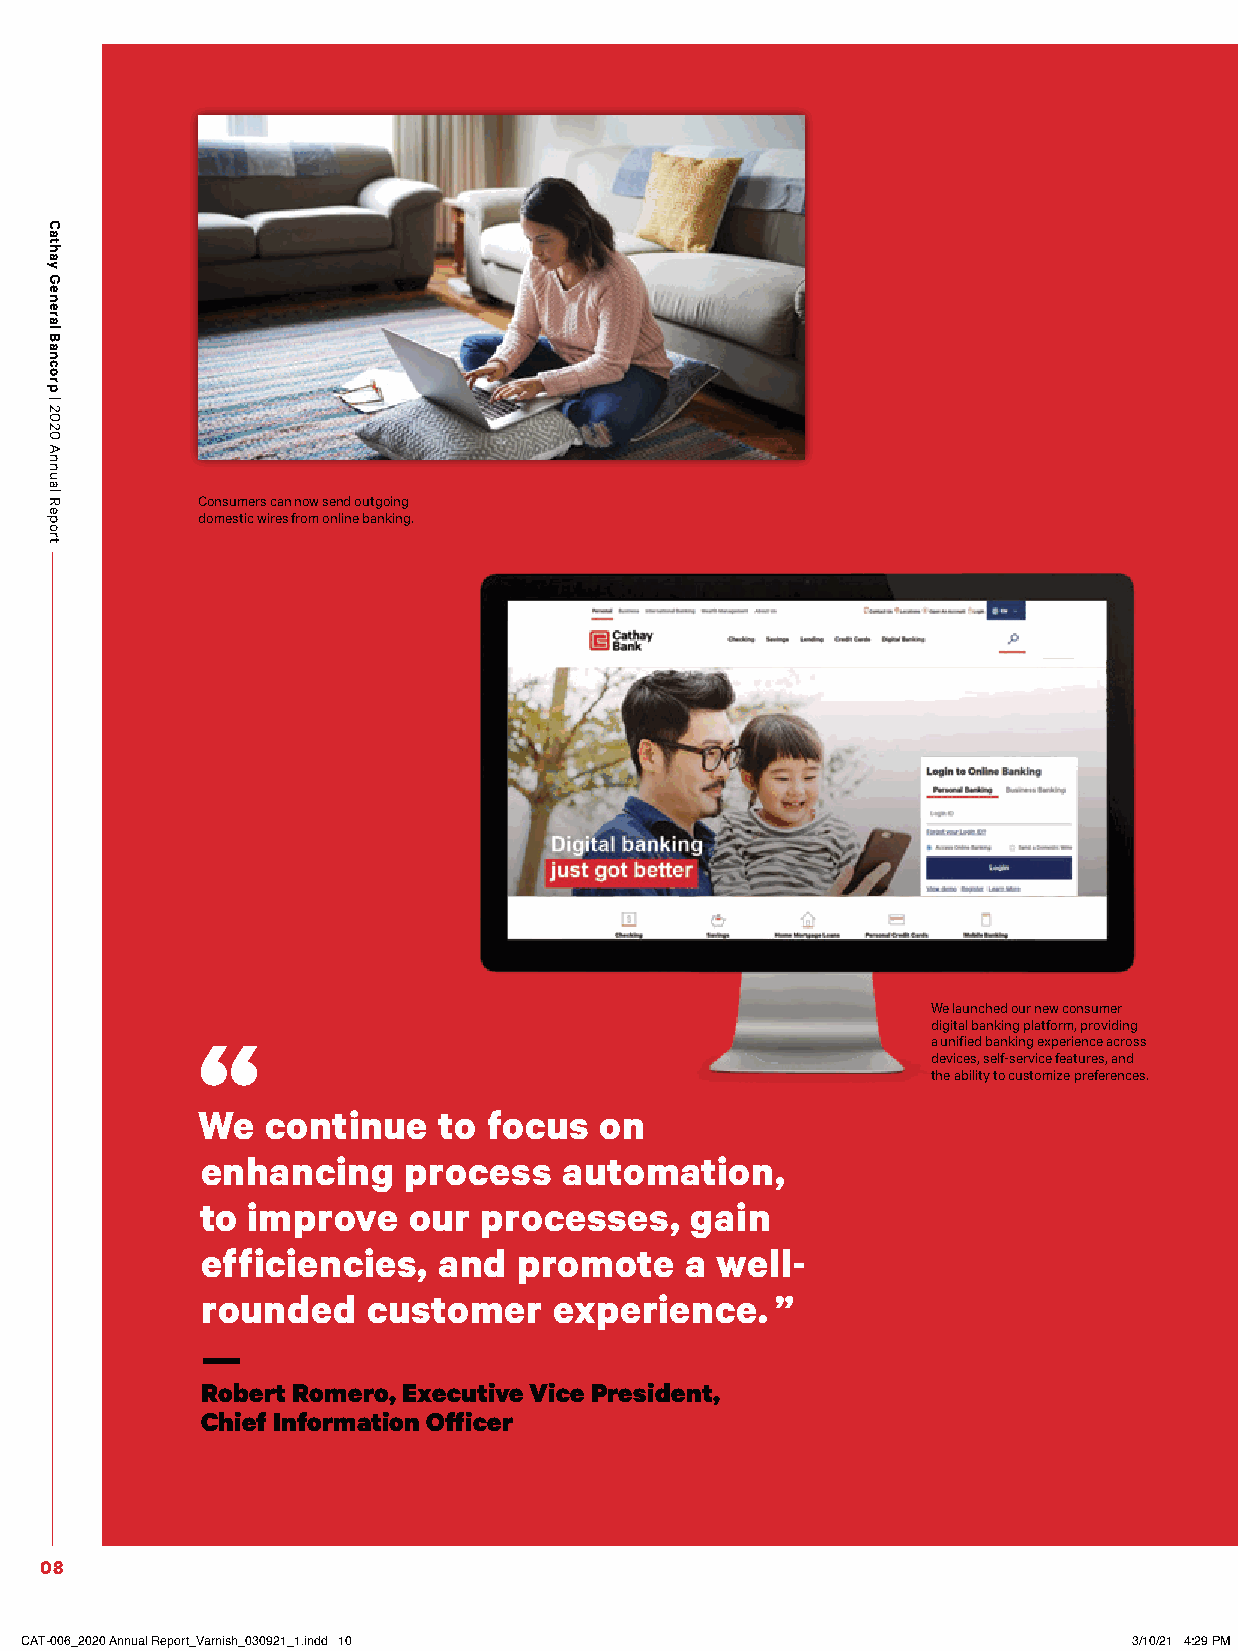
Consumers can now send outgoing
 domestic wires from online banking.
 We launched our new consumer
 digital banking platform, providing
 “
 a unified banking experience across
 devices, self-service features, and
 the ability to customize preferences.
 We   continue   to focus   on
 enhancing     process   automation,
 to improve    our  processes,    gain
 efficiencies,   and  promote    a well-
 rounded    customer     experience.   ”
 ——
 Robert Romero, Executive Vice President,
 Chief Information Officer
 08
 CCAATT--000066__22002200 AAnnnnuuaall RReeppoorrtt__VVaarrnniisshh__003300992211__11..iinndddd 1100 33//1100//2211 44::2299 PPMM
 Cathay
 General
 Bancorp
 |
 2020
 Annual
 Report